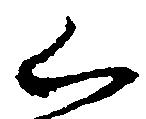
く